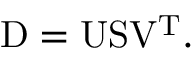
\mathrm { D } = \mathrm { U S } \mathrm { V } ^ { \mathrm { T } } .